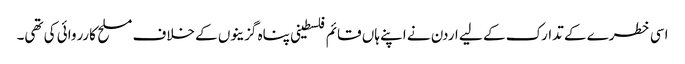
اسی خطرے کے تدارک کے لیے اردن نے اپنے ہاں قائم فلسطینی پناہ گزینوں کے خلاف مسلح کارروائی کی تھی۔